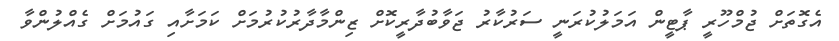
އެގޮތަށް ޖުމްހޫރީ ޕާޓީން އަމަލުކުރަނީ ސަރުކާރު ޖަވާބުދާރީކޮށް ޒިންމާދާރުކުރުމަށް ކަމަށާއި ގައުމަށް ގެއްލުންވާ